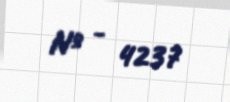
№ - 4237